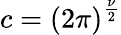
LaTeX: c={\left(2\pi\right)}^{\frac{\nu}{2}}